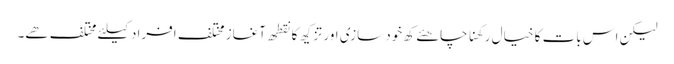
لیکن اس بات کا خیال رکھنا چاھئے کھ خود سازی اور تزکیھ کا نقطھ آغاز مختلف افراد کیلئے مختلف ھے۔